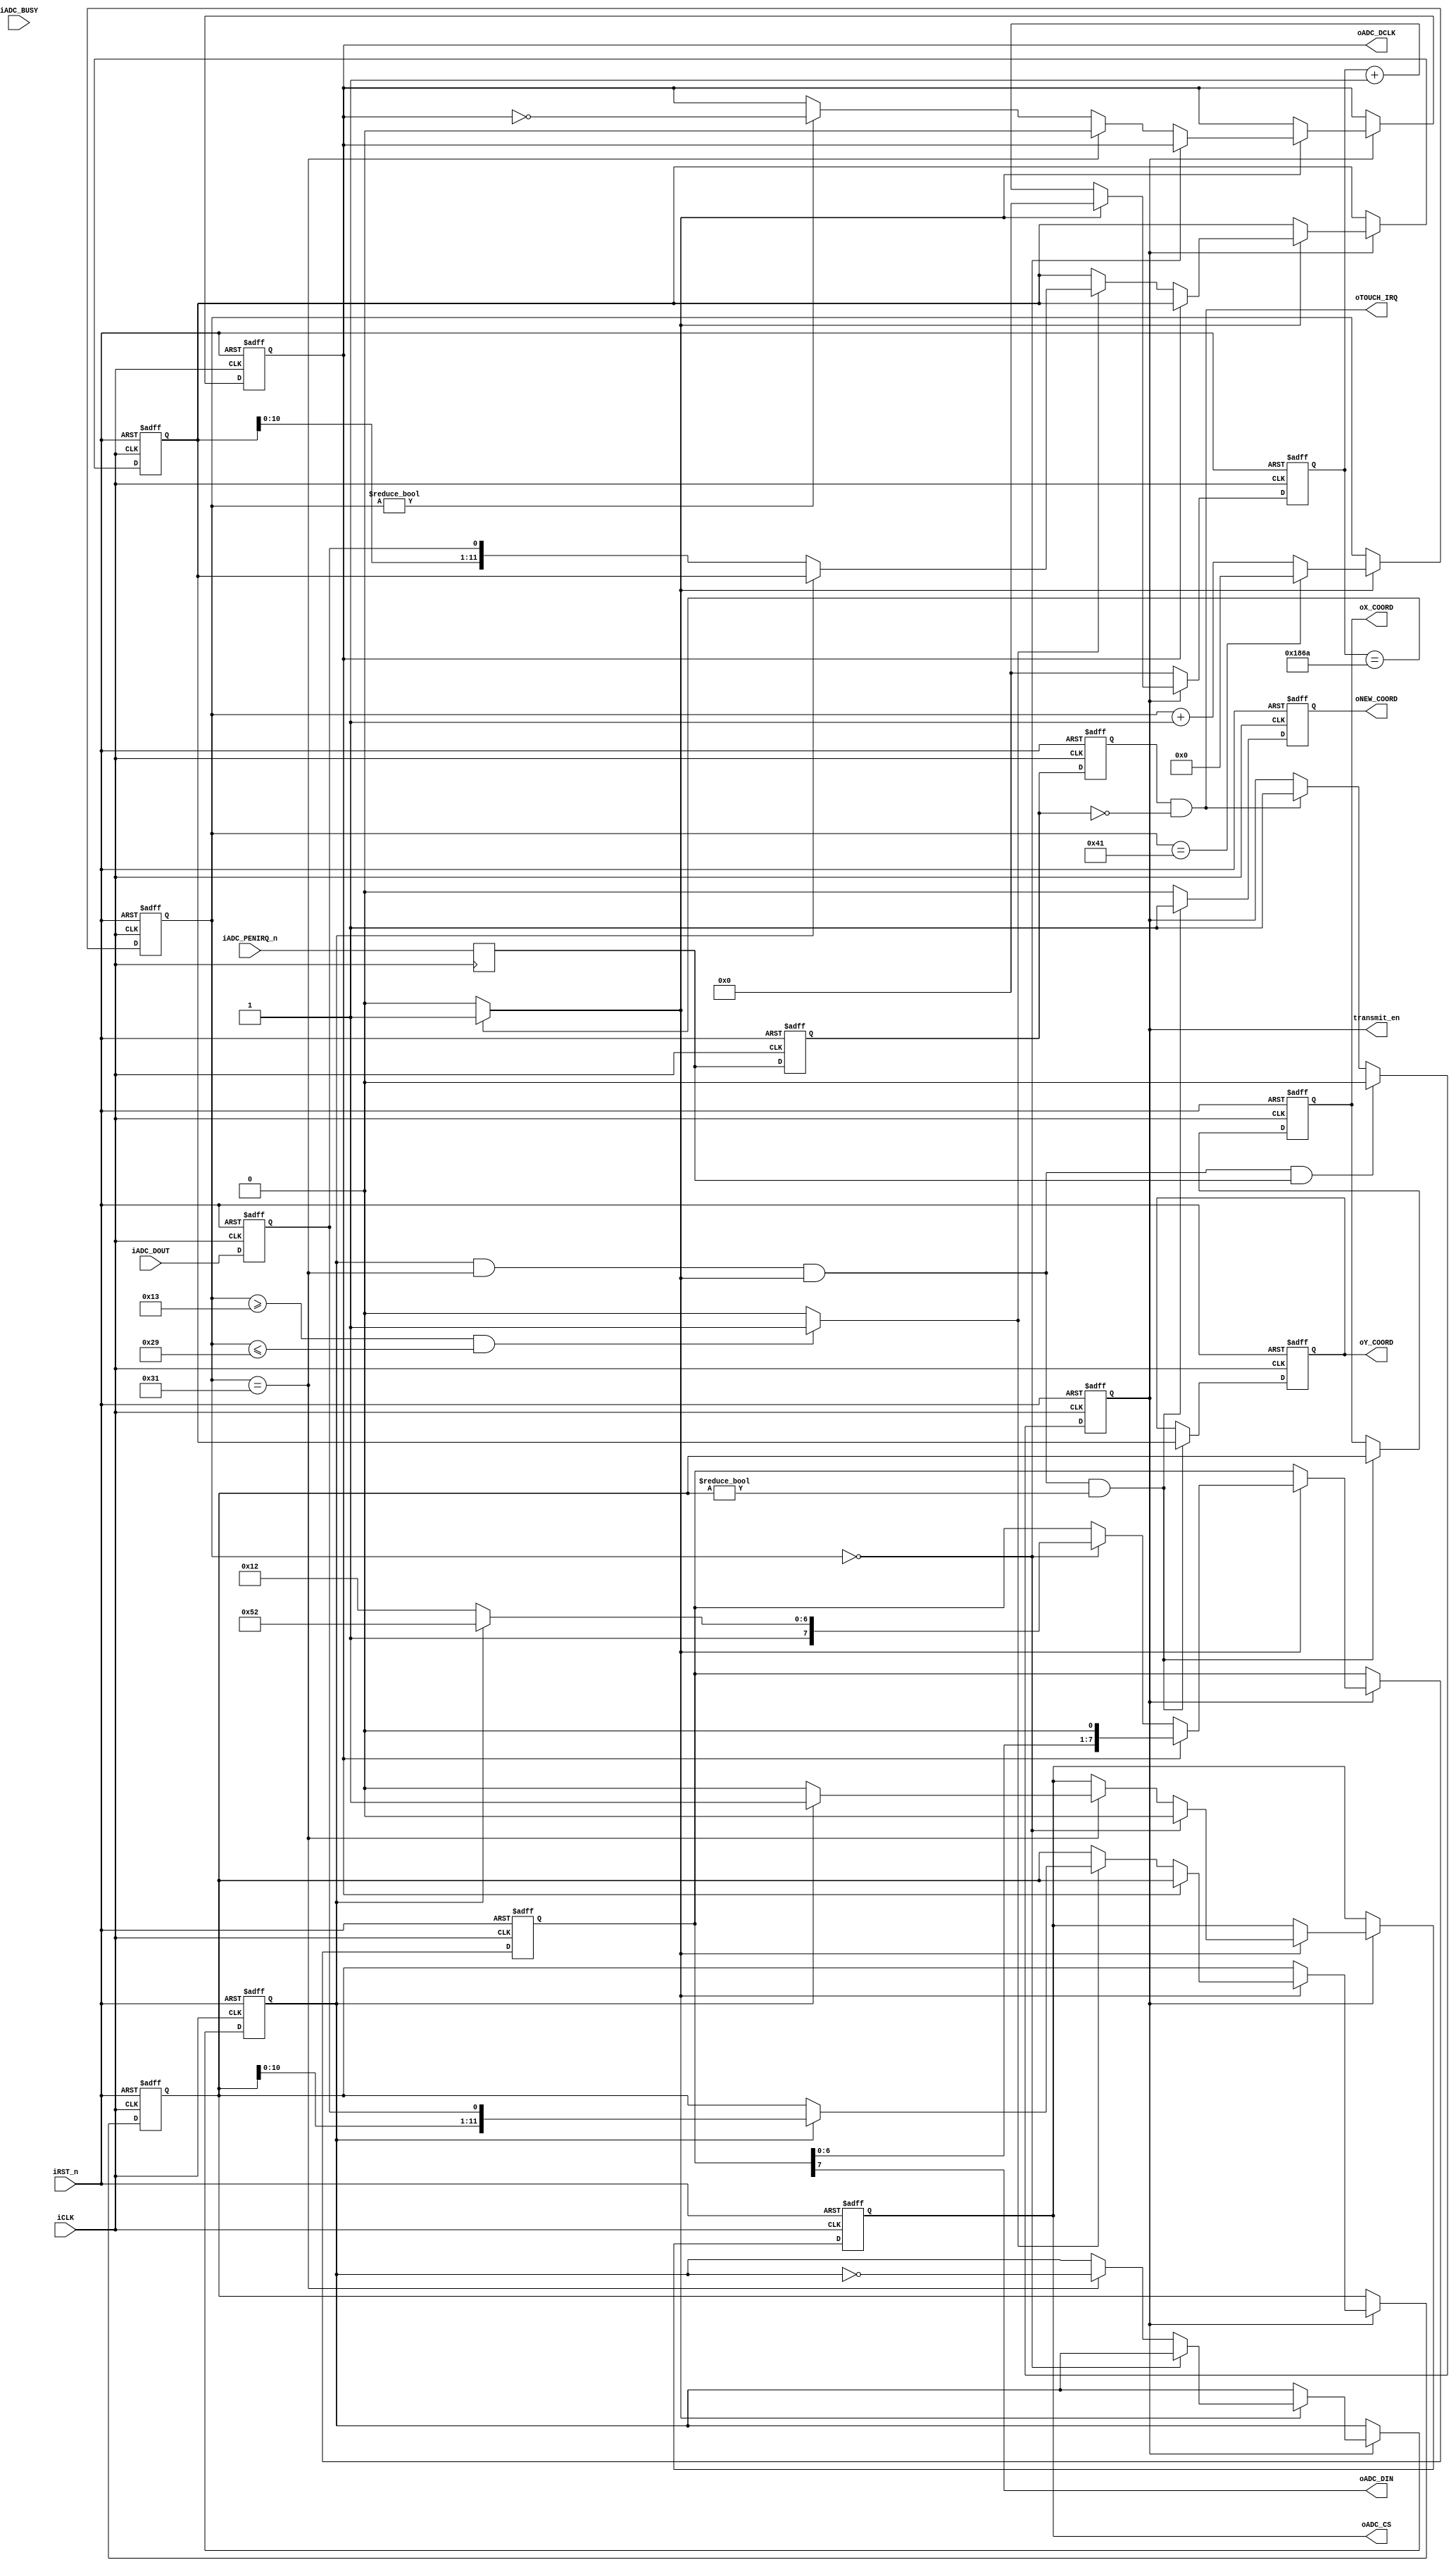
// --------------------------------------------------------------------
// Copyright (c) 2005 by Terasic Technologies Inc. 
// --------------------------------------------------------------------
//
// Permission:
//
//   Terasic grants permission to use and modify this code for use
//   in synthesis for all Terasic Development Boards and Altera Development 
//   Kits made by Terasic.  Other use of this code, including the selling 
//   ,duplication, or modification of any portion is strictly prohibited.
//
// Disclaimer:
//
//   This VHDL/Verilog or C/C++ source code is intended as a design reference
//   which illustrates how these types of functions can be implemented.
//   It is the user's responsibility to verify their design for
//   consistency and functionality through the use of formal
//   verification methods.  Terasic provides no warranty regarding the use 
//   or functionality of this code.
//
// --------------------------------------------------------------------
//           
//                     Terasic Technologies Inc
//                     356 Fu-Shin E. Rd Sec. 1. JhuBei City,
//                     HsinChu County, Taiwan
//                     302
//
//                     web: http://www.terasic.com/
//
// --------------------------------------------------------------------
//
// Major Functions:	This funtion will config and read Touch Screen Digitizer 
// 					X an Y coordinate form LTM 
// --------------------------------------------------------------------
//
// Revision History :
// --------------------------------------------------------------------
//   Ver  :| Author            :| Mod. Date :| Changes Made:
//   V1.0 :| Johnny Fan        :| 06/03/23  :|      Initial Revision
// --------------------------------------------------------------------
module adc_spi_controller	(
					iCLK,
					iRST_n,
					oADC_DIN,
					oADC_DCLK,
					oADC_CS,
					iADC_DOUT,
					iADC_BUSY,
					iADC_PENIRQ_n,
					oTOUCH_IRQ,
					oX_COORD,
					oY_COORD,
					oNEW_COORD,
					transmit_en
					///////////////////
					);
					
//============================================================================
// PARAMETER declarations
//============================================================================	
parameter SYSCLK_FRQ	= 50000000;
parameter ADC_DCLK_FRQ	= 4000;
parameter ADC_DCLK_CNT	= SYSCLK_FRQ/(ADC_DCLK_FRQ*2);
					
//===========================================================================
// PORT declarations
//=========================================================================== 
input			iCLK;
input			iRST_n;
input			iADC_DOUT;
input			iADC_PENIRQ_n;
input			iADC_BUSY;
output			oADC_DIN;
output			oADC_DCLK;
output			oADC_CS;
output			oTOUCH_IRQ;
output	[11:0]	oX_COORD;
output	[11:0]	oY_COORD;
output			oNEW_COORD;	
output		transmit_en;				
//=============================================================================
// REG/WIRE declarations
//=============================================================================
reg				d1_PENIRQ_n;
reg				d2_PENIRQ_n;
wire			touch_irq;
reg		[15:0]	dclk_cnt;
wire			d_clk;
reg				transmit_en;
reg		[6:0]	spi_ctrl_cnt;
wire			oADC_CS;
reg				mcs;
reg				mdclk;
wire	[7:0]	x_config_reg;
wire	[7:0]	y_config_reg;
wire	[7:0]	ctrl_reg;
reg		[7:0]	mdata_in;
reg				y_coordinate_config;
wire			eof_transmition;	
reg		[5:0]	bit_cnt;	
reg				madc_out;	
reg		[11:0]	mx_coordinate;
reg		[11:0]	my_coordinate;	
reg		[11:0]	oX_COORD;
reg		[11:0]	oY_COORD;
wire			rd_coord_strob;
reg				oNEW_COORD;
reg		[5:0]	irq_cnt;
reg		[15:0]	clk_cnt;
//=============================================================================
// Structural coding
//=============================================================================
assign	x_config_reg = 8'h92;
assign	y_config_reg = 8'hd2;

always@(posedge iCLK or negedge iRST_n)
	begin
		if (!iRST_n)
			madc_out <= 0;
		else
			madc_out <= iADC_DOUT;
	end		

///////////////   pen irq detect  //////// 
reg iADC_PENIRQ_n_r;
always @(posedge iCLK) iADC_PENIRQ_n_r <= iADC_PENIRQ_n;
	
always@(posedge iCLK or negedge iRST_n)
	begin	
		if (!iRST_n)
			begin
				d1_PENIRQ_n	<= 0;
				d2_PENIRQ_n	<= 0;
			end
		else
			begin
				d1_PENIRQ_n	<= iADC_PENIRQ_n_r;	
				d2_PENIRQ_n	<= d1_PENIRQ_n;
			end
	end

// if iADC_PENIRQ_n form high to low , touch_irq goes high
assign		touch_irq = d2_PENIRQ_n & ~d1_PENIRQ_n; 
assign		oTOUCH_IRQ = touch_irq;
// if touch_irq goes high , starting transmit procedure ,transmit_en goes high
// if end of transmition and no penirq , transmit procedure stop.

always@(posedge iCLK or negedge iRST_n)
	begin
		if (!iRST_n)
			transmit_en <= 0;
		else if (eof_transmition && iADC_PENIRQ_n_r) 
			transmit_en <= 0;	
		else if (touch_irq)
			transmit_en <= 1;
	end	
	
assign d_clk = (dclk_cnt == ADC_DCLK_CNT) ? 1'b1 : 1'b0;		

always@(posedge iCLK or negedge iRST_n)
	begin
		if (!iRST_n)
			dclk_cnt <= 0;
		else if (transmit_en) 
			begin
//				if (dclk_cnt == ADC_DCLK_CNT)
				if (d_clk)
					dclk_cnt <= 0;
				else
					dclk_cnt <= dclk_cnt + 1;		
			end
		else
			dclk_cnt <= 0;
	end			
	

always@(posedge iCLK or negedge iRST_n)
	begin
		if (!iRST_n)
			spi_ctrl_cnt <= 0;
		else if (d_clk == 1'b1)	
			begin
				if (spi_ctrl_cnt == 65)
					spi_ctrl_cnt <= 0;						
				else
					spi_ctrl_cnt <= spi_ctrl_cnt + 1;		
			end
	end				

always@(posedge iCLK or negedge iRST_n)
	begin
		if (!iRST_n)
			begin
				mcs 	<= 1;
				mdclk	<= 0;
				mdata_in <= 0;
				y_coordinate_config <= 0;
				mx_coordinate <= 0;
				my_coordinate <= 0;
			end
		else if (transmit_en)
			begin
				if (d_clk)
					begin
						if (spi_ctrl_cnt == 0)
							begin
								mcs 	<= 0;
								mdata_in <= ctrl_reg;
							end	
						else if (spi_ctrl_cnt == 49)
							begin
								mdclk	<= 0;
								y_coordinate_config <= ~y_coordinate_config;
								
								if (y_coordinate_config)
									mcs 	<= 1;
								else
									mcs 	<= 0;	
							end
						else if (spi_ctrl_cnt != 0)
							mdclk	<= ~mdclk;				
						if (mdclk)
							mdata_in <= {mdata_in[6:0],1'b0};
						if (!mdclk)	
							begin
								if(rd_coord_strob)
									begin
										if(y_coordinate_config)
											my_coordinate <= {my_coordinate[10:0],madc_out};
										else
											mx_coordinate <= {mx_coordinate[10:0],madc_out};	
									end
							end		
					end				
			end
	end

assign	oADC_CS  = mcs;
assign	oADC_DIN = 	mdata_in[7];
assign	oADC_DCLK = mdclk;
assign	ctrl_reg = y_coordinate_config ? y_config_reg : x_config_reg;
 
assign	eof_transmition = (y_coordinate_config & (spi_ctrl_cnt == 49) & d_clk);
//assign	eof_transmition = (y_coordinate_config && (spi_ctrl_cnt == 49) && d_clk) 
//									? 1'b1 : 1'b0;

assign	rd_coord_strob = ((spi_ctrl_cnt>=19)&&(spi_ctrl_cnt<=41)) ? 1 : 0;

always@(posedge iCLK or negedge iRST_n)
	begin
		if (!iRST_n)
			begin
				oX_COORD <= 0;	
				oY_COORD <= 0;
			end
		else if (eof_transmition&&(my_coordinate!=0))
			begin			
//				oX_COORD <= mx_coordinate;	
//				oY_COORD <= my_coordinate;
				oX_COORD <= my_coordinate;	
				oY_COORD <= mx_coordinate;
			end	
	end

always@(posedge iCLK or negedge iRST_n)
	begin
		if (!iRST_n)
			oNEW_COORD <= 0;
		else if (eof_transmition&&(my_coordinate!=0))
			oNEW_COORD <= 1;
		else
			oNEW_COORD <= 0;		
	end

endmodule